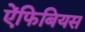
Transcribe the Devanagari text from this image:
ऐंफिबियस